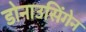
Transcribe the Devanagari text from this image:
डोनाउसिंगेन